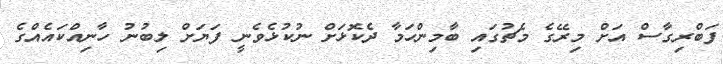
ފަބްރިގާސް އަށް މިރޭގެ މެޗުގައި ބާމިންހަމާ ދެކޮޅަށް ނުކުޅެވެނީ ފަޔަށް ލިބުނު ހާނިއްކައެއްގެ